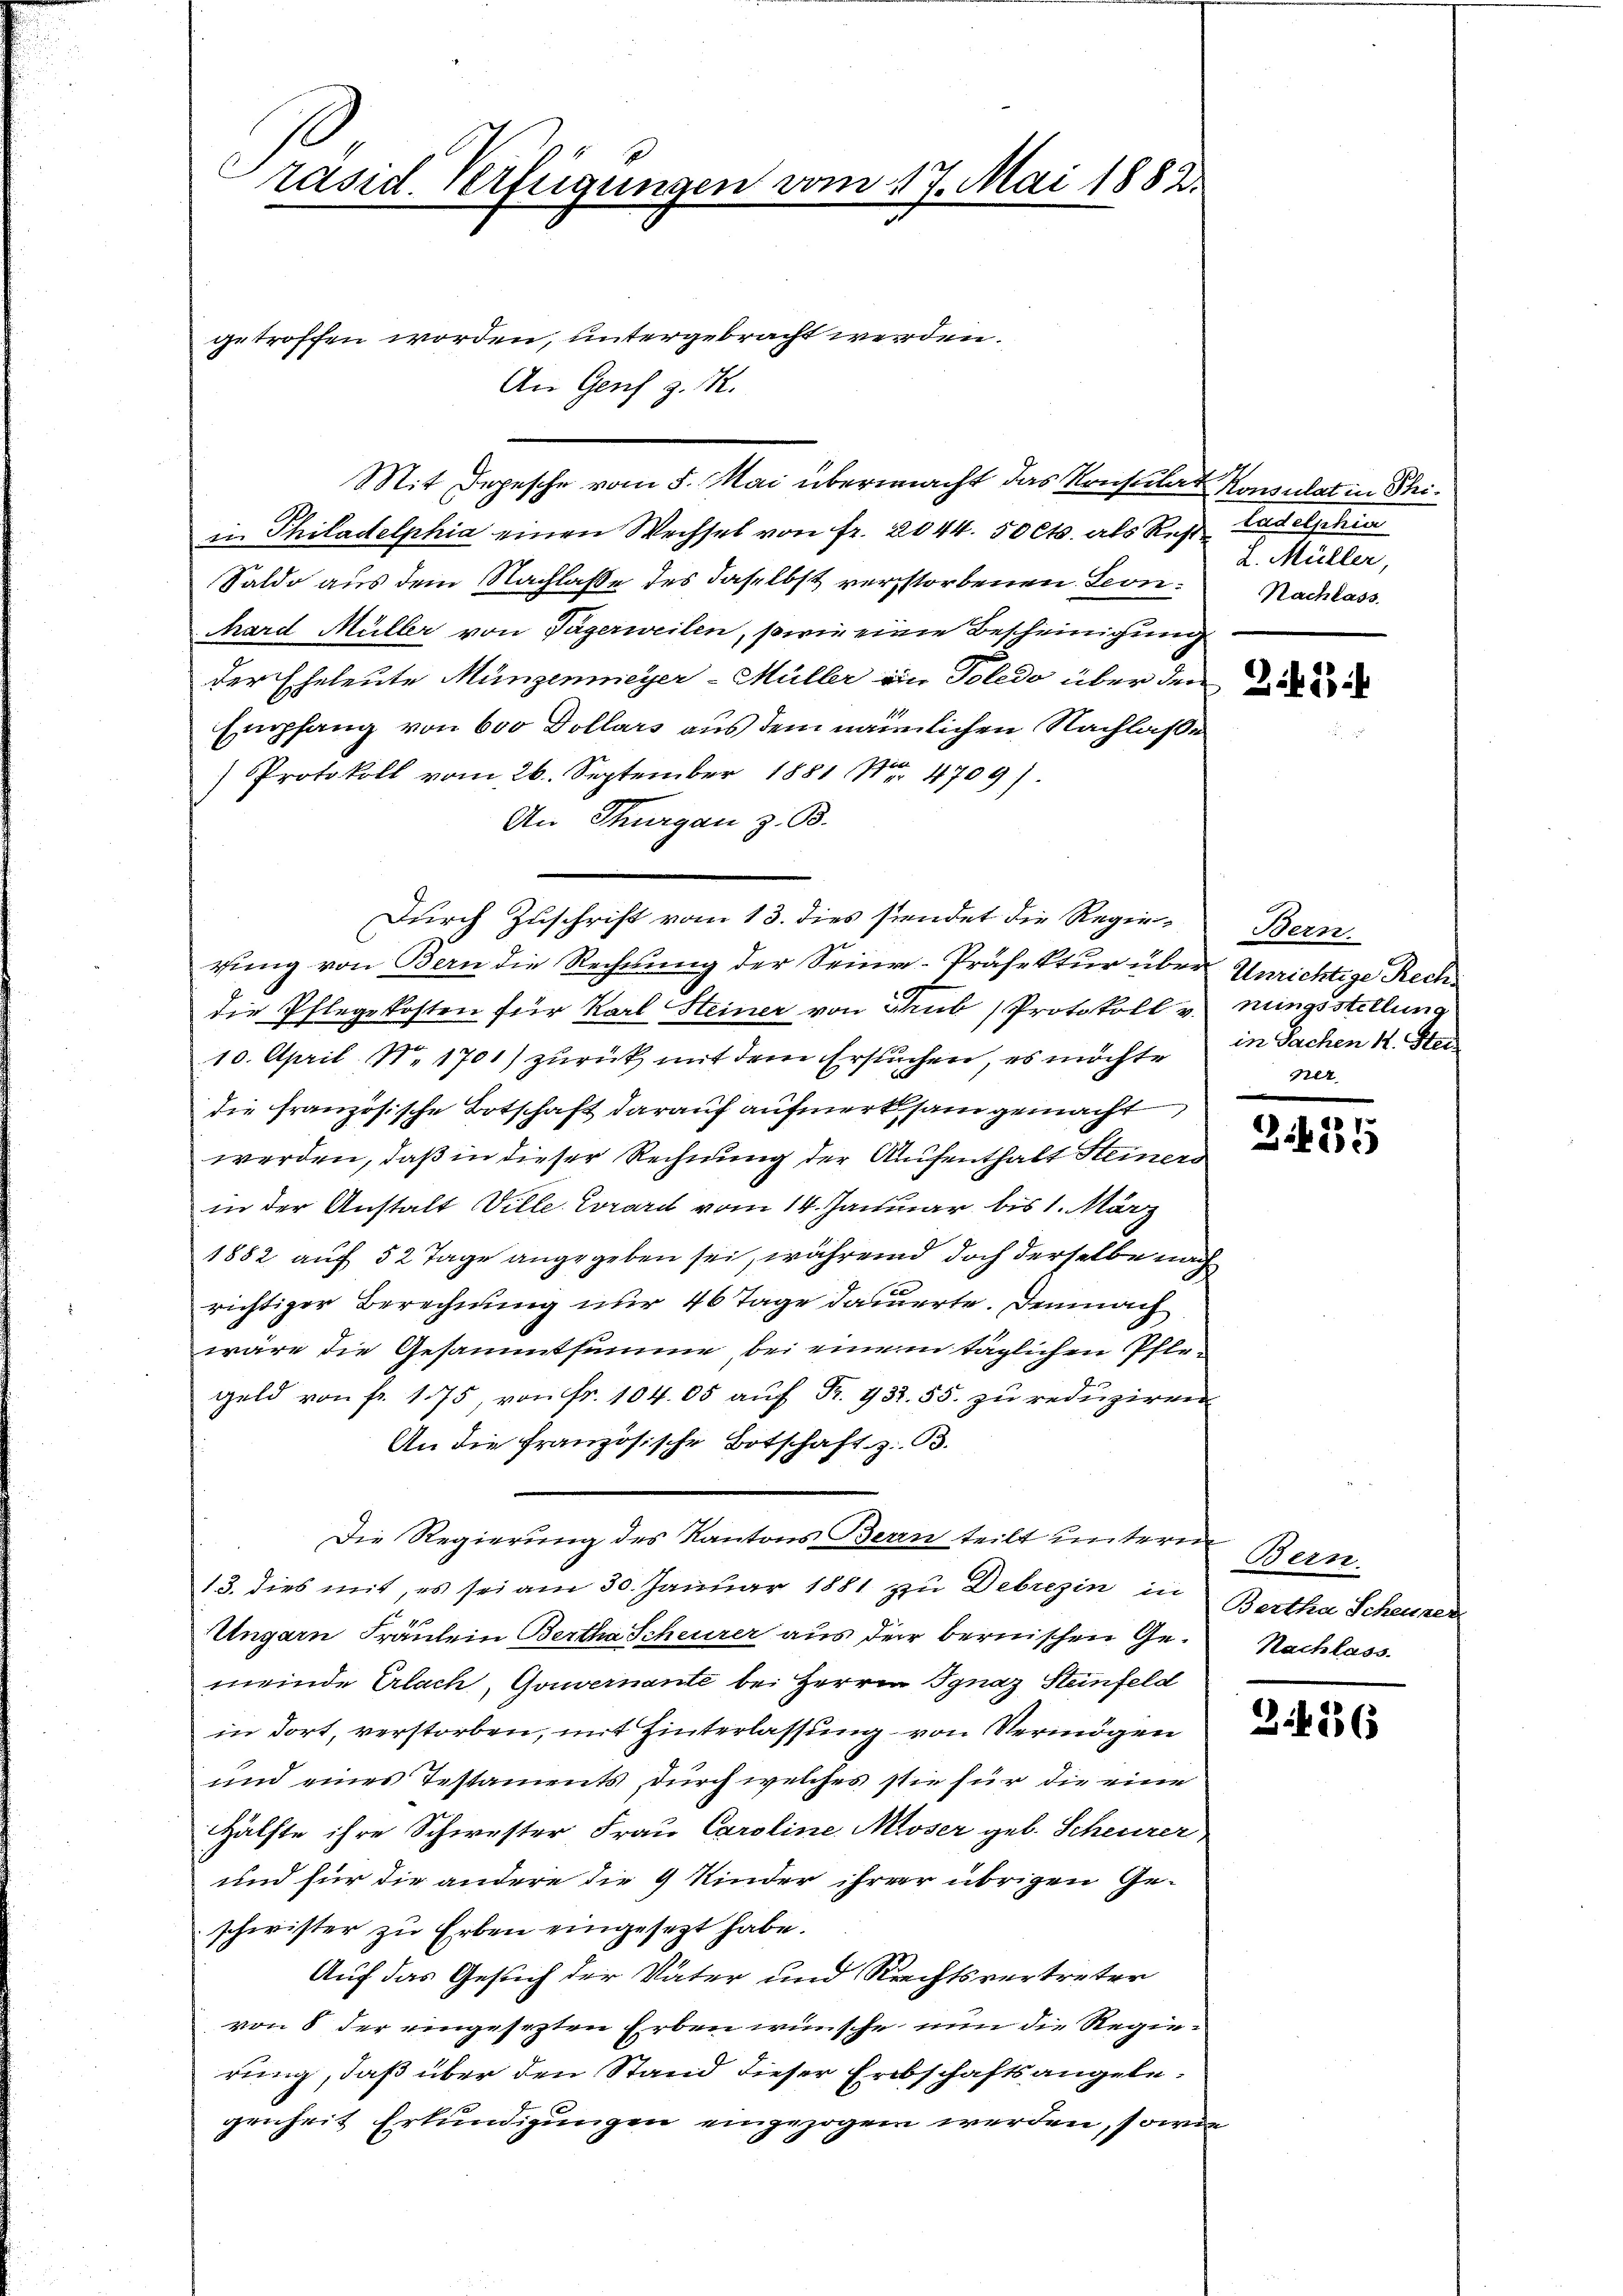
Präsid. Verfügungen vom 17. Mai 1882.

getroffen worden, untergebracht werden.
An Genf z. B.
Mit Depesche vom 5. Mai übermacht das Konsulat Konsulat in Steii Philadelphia einen Wechsel von Fr. 2044. 50 Cts. als Rest tadelphia
Saldo aus dem Nachlaße des daselbst verstorbenen Leon¬
Card Müller von Tägerweilen, sowie eine Bescheinigung
der Eheleute Münzenmeyer-Müller ein Poledo über den
Empfang von 600 Dollars aus dem nämmlichen Nachlaße
Protokoll vom 26. September 1881 Nr. 4709).
An Thurgau z. B.
rung von Bern die Rechnung der Seine-Präfektur über Unrichtige Rechdie Pflegekosten für Karl Steiner von Sub Protokoll u. nungsstellung
10. April No 1701) zurück mit dem Ersuchen, es möchte
die französische Botschaft darauf aufmerksam gemacht
werden, daß in dieser Rechnung der Aufenthalt Steiners
in der Anstalt Ville. Evrard vom 14. Januar bis 1. März
1882 auf 52 Tage angegeben sei, während doch derselbe nach
richtiger Berechnung nur 46 Tage dauerte. Demnach
wäre die Gesammtsumme, bei einem täglichen Pflegeld von fr. 175, von Fr. 104. 05 auf Pr. 432. 55. zu reduziren
An die französische Botschaft z. B.
Die Regierung des Kantons Berrn teilt unterm
13. dies mit, es sei am 30. Januar 1881 zu Debrezin in Bertha Scheuner
Ungarn Fräulein Bertha Scheurer aus der bernischen Ge- Nachlass
meinde Erlach, Gouvernante bei Herren Ignaz Steinfeld
in dort, verstorben, mit Hinterlassung von Vermögen
und eines Testaments, durch welches sie für die eine
Hälfte ihre Schwester Frau Caroline Moser geb. Scheurer
und für die andere die 4 Kinder ihrerer übrigen Geschwister zu Erben eingesezt habe.
Auf das Gesuch der Vater und Rechtsvertreter
von 8 der eingesezten Erben wünsche nun die Regierung, daß über den Stand dieser Erbschaftsangelegenheit Erkundigungen eingezogen werden, sowie

Durch Zuschrift vom 13. dies siendet die Regie¬

L. Müller,
Nachlass

Zif. 13

Bern.
in Sachen H. Stei
Alt.

.
Bibi

Bern.

3. 456